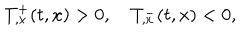
LaTeX: T _ { , x } ^ { + } ( t , x ) > 0 , \quad T _ { , x } ^ { - } ( t , x ) < 0 ,